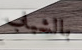
بالشباب